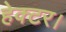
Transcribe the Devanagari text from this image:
हेक्‍टर।